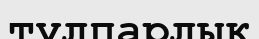
тұлпарлық